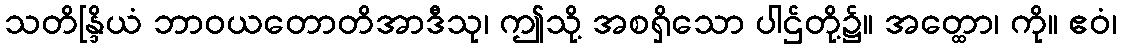
သတိန္ဒြိယံ ဘာဝယတောတိအာဒီသု၊ ဤသို့ အစရှိသော ပါဌ်တို့၌။ အတ္ထော၊ ကို။ ဧဝံ၊